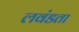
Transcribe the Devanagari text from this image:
लवंडता